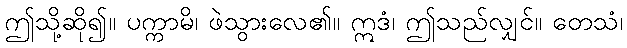
ဤသို့ဆို၍။ ပက္ကာမိ၊ ဖဲသွားလေ၏။ ဣဒံ၊ ဤသည်လျှင်။ တေသံ၊